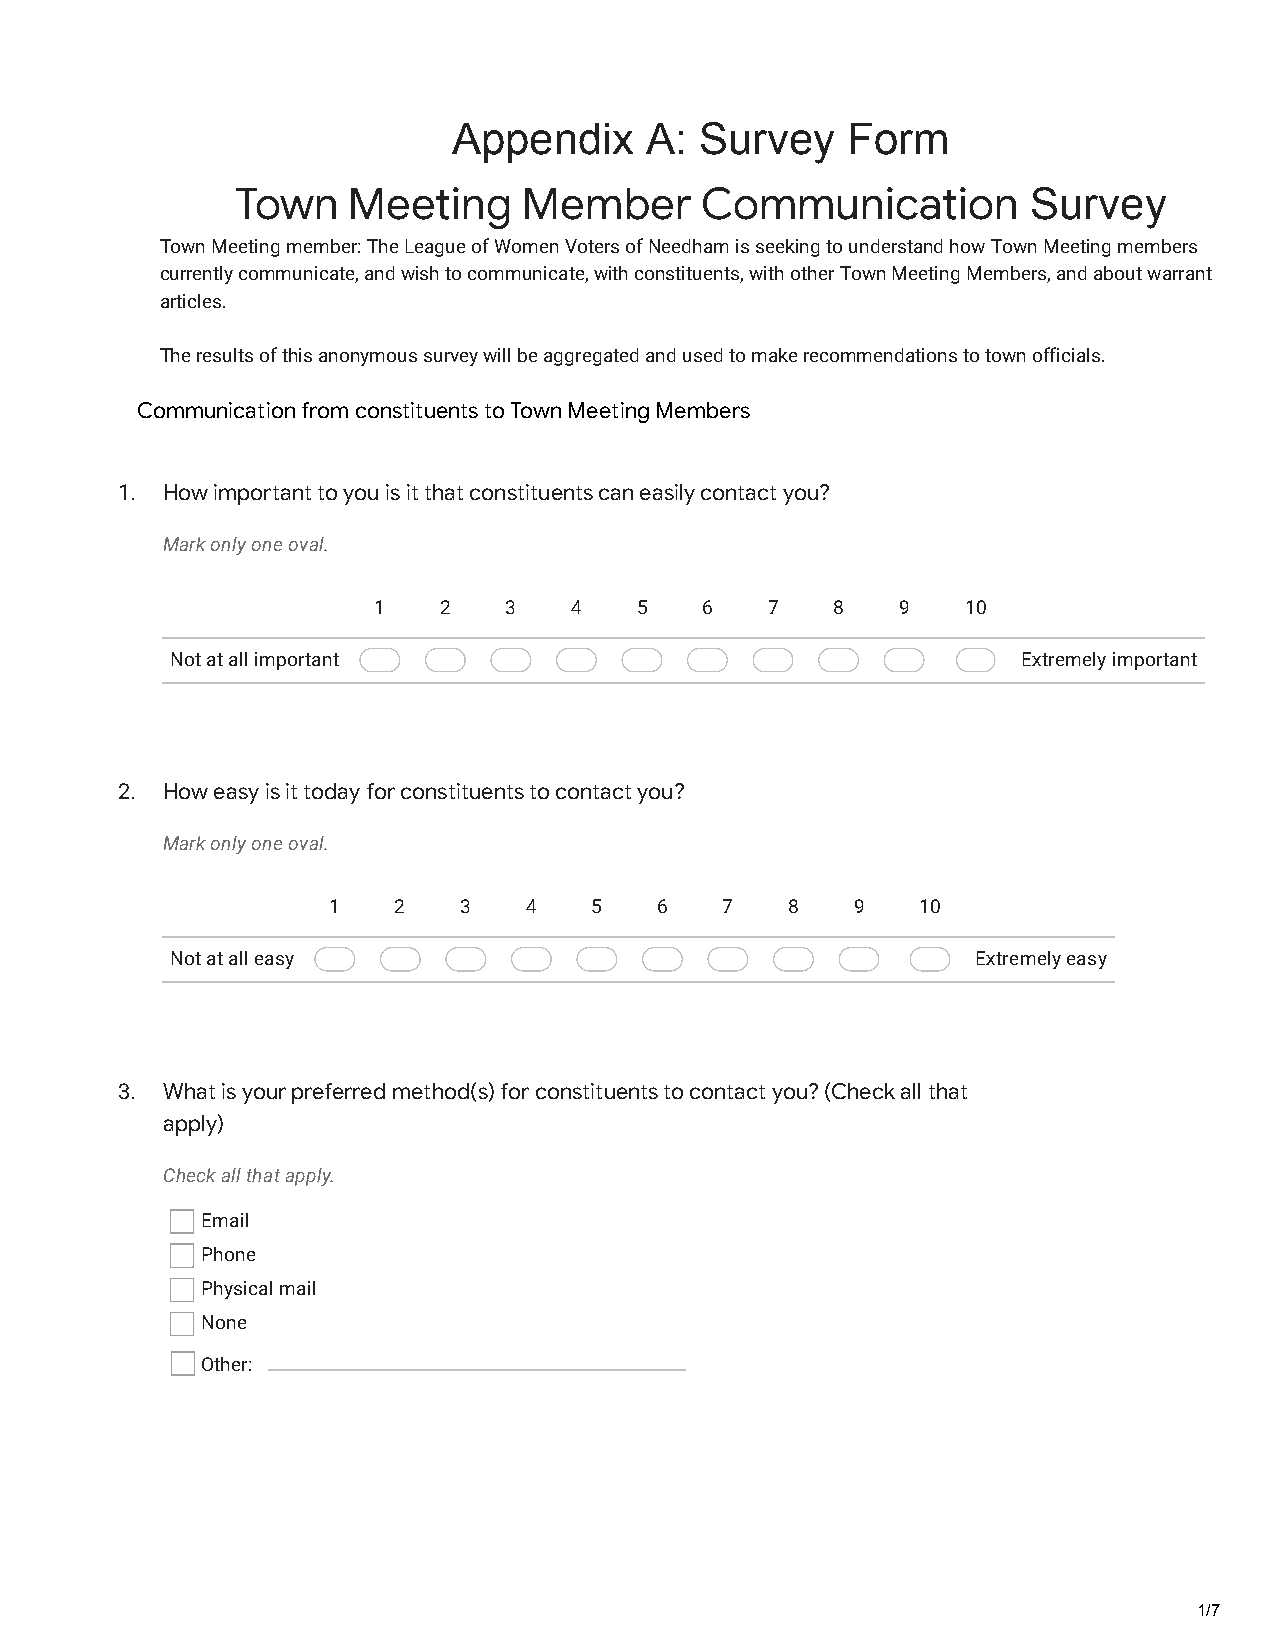
Appendix     A: Survey    Form
 Town   Meeting     Member      Communication        Survey
 Town Meeting member: The League of Women Voters of Needham is seeking to understand how Town Meeting members
 currently communicate, and wish to communicate, with constituents, with other Town Meeting Members, and about warrant
 articles.
 The results of this anonymous survey will be aggregated and used to make recommendations to town officials.
 Communication from constituents to Town Meeting Members
 1. How important to you is it that constituents can easily contact you?
 Mark only one oval.
 1   2   3    4   5   6    7   8    9   10
 Not at all important                                     Extremely important
 2. How easy is it today for constituents to contact you?
 Mark only one oval.
 1   2   3    4   5   6    7   8    9   10
 Not at all easy                                       Extremely easy
 3. What is your preferred method(s) for constituents to contact you? (Check all that
 apply)
 Check all that apply.
 Email
 Phone
 Physical mail
 None
 Other:
 1/7